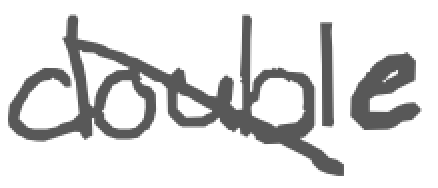
Text: double
Cross-out: diagonal
Writing tool: digital_gray